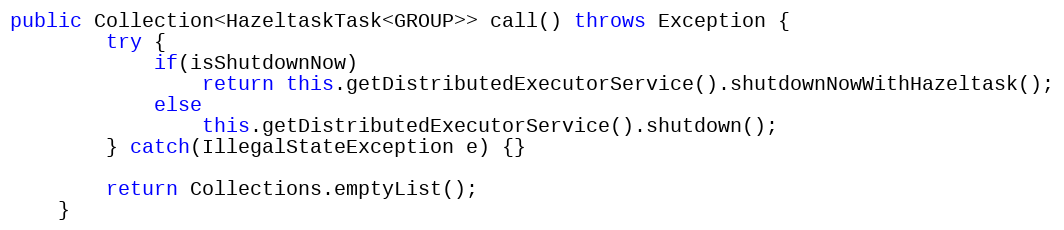
Language: Java
public Collection<HazeltaskTask<GROUP>> call() throws Exception {
        try {
            if(isShutdownNow)
                return this.getDistributedExecutorService().shutdownNowWithHazeltask();
            else
                this.getDistributedExecutorService().shutdown();
        } catch(IllegalStateException e) {}

        return Collections.emptyList();
    }